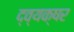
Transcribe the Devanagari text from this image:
द्व्यक्षर